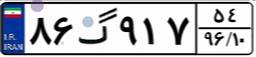
۸۶گ۹۱۷۵۴